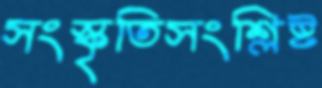
সংস্কৃতিসংশ্লিষ্ট